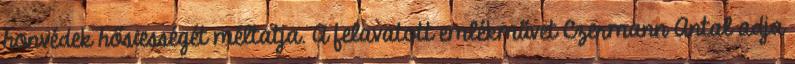
honvédek hősiességét méltatja. A felavatott emlékművet Czermann Antal adja